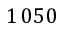
1 \, 0 5 0